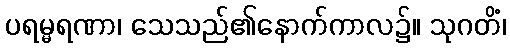
ပရမ္မရဏာ၊ သေသည်၏နောက်ကာလ၌။ သုဂတိံ၊